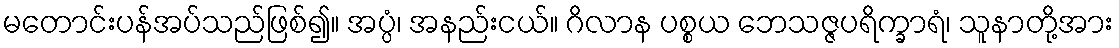
မတောင်းပန်အပ်သည်ဖြစ်၍။ အပ္ပံ၊ အနည်းငယ်။ ဂိလာန ပစ္စယ ဘေသဇ္ဇပရိက္ခာရံ၊ သူနာတို့အား